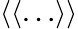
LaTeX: \langle\langle\dots\rangle\rangle